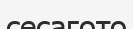
сесагото